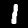
Label: 1